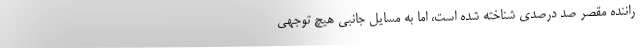
راننده مقصر صد درصدی شناخته شده است، اما به مسایل جانبی هیچ توجهی